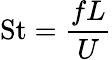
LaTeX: \mathrm{St}={\frac{fL}{U}}